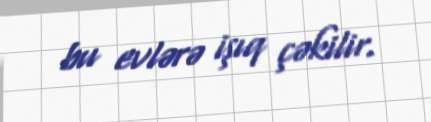
bu evlərə işıq çəkilir.